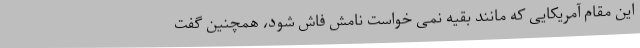
این مقام آمریکایی که مانند بقیه نمی خواست نامش فاش شود، همچنین گفت